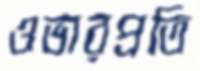
ওভারপ্রতি